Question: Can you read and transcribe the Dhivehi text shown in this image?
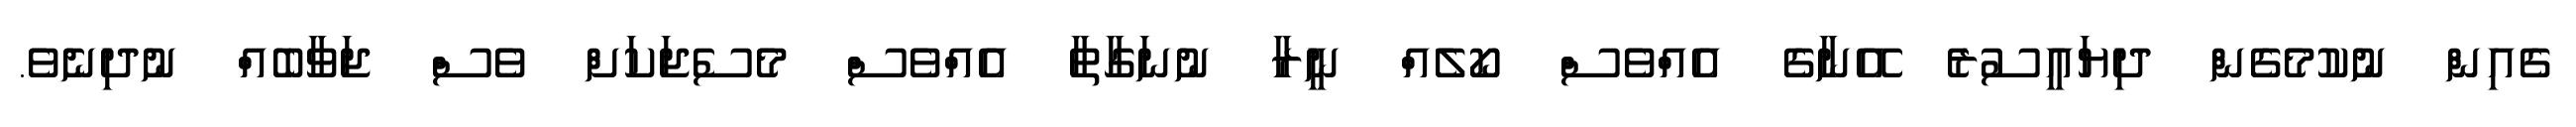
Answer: ގެއިން ނުކުމެގެން ދިޔައީސުރެ އޭނާގެ އެއްވެސް ކޯލެއް ނީރާ ނުނަގާތާ އެއްވެސް މެސެޖަކަށް ވެސް ޖަވާބެއް ނުދިނެވެ.